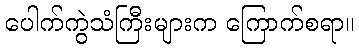
ပေါက်ကွဲသံကြီးများက ကြောက်စရာ။